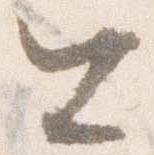
公